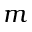
m